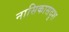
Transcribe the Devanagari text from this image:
नासिकासदृश